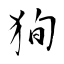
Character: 狥